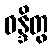
ဝန္ဒိတွ